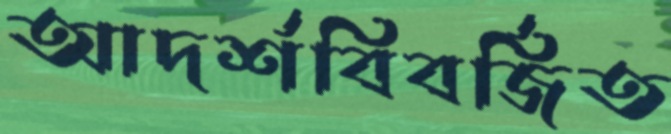
আদর্শবিবর্জিত